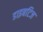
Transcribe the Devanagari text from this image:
डाइबटिज